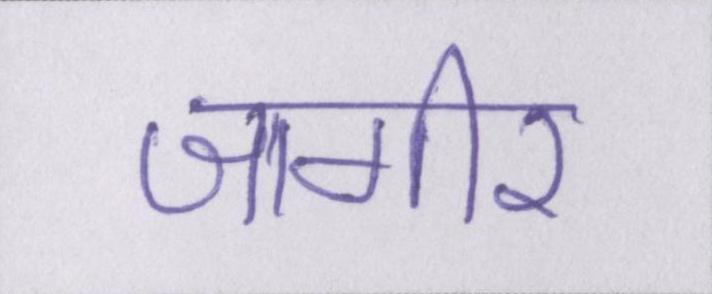
जागीर